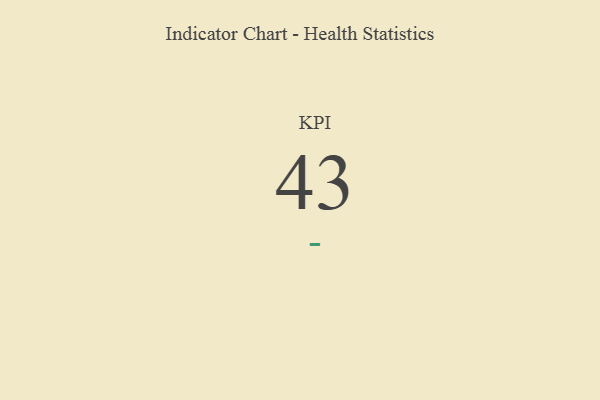
{"axis": {"x": "KPI", "y": "Value"}, "legend": [""], "data": [{"x": "KPI", "y": 43, "type": ""}]}